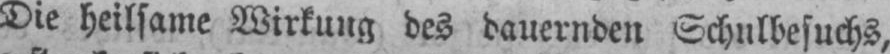
Die heilsame Wirkung des dauernden Schulbesuchs,